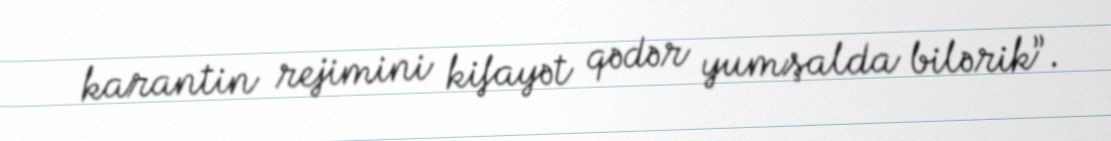
karantin rejimini kifayət qədər yumşalda bilərik”.